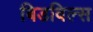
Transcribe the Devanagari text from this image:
बिडविल्स